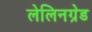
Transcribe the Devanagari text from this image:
लेलिनग्रेड